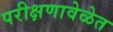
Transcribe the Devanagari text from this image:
परीक्षणावेळेत